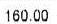
160.00